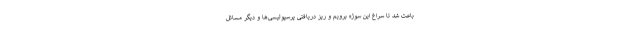
باعث شد تا سراغ این سوژه برویم و ریز دریافتی پرسپولیسی‌ها و دیگر مسائل